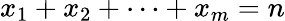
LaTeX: x_{1}+x_{2}+\cdots+x_{m}=n